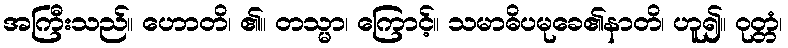
အကြီးသည်။ ဟောတိ၊ ၏။ တသ္မာ၊ ကြောင့်။ သမာဓိပမုခေ၏နာတိ၊ ဟူ၍။ ဝုတ္တံ၊